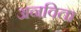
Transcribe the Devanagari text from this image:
अनविता